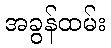
အခွန်ထမ်း